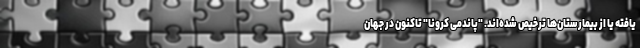
یافته یا از بیمارستان‌ها ترخیص شده‌اند. "پاندمی کرونا" تاکنون در جهان